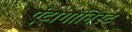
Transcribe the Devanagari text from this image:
एंटागॉनिस्ट